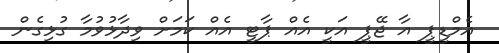
އެމްޑީޕީ އާ ޖޭޕީ އަކީ އެއް ޕާޓީ އެއް ކަމަށް ވިދާޅުވުމާ ގުޅިގެން